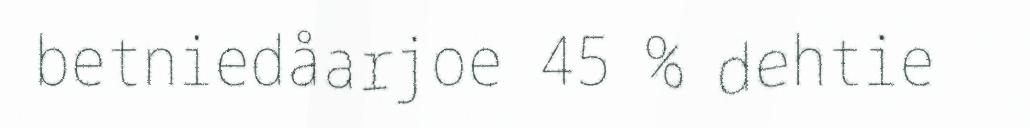
betniedåarjoe 45 % dehtie